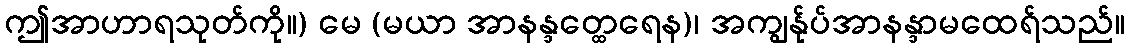
ဤအာဟာရသုတ်ကို။) မေ (မယာ အာနန္ဒတ္ထေရေန)၊ အကျွန်ုပ်အာနန္ဒာမထေရ်သည်။